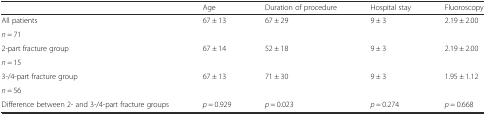
<table><thead><tr><td></td><td><b>Age</b></td><td><b>Duration of procedure</b></td><td><b>Hospital stay</b></td><td><b>Fluoroscopy</b></td></tr></thead><tbody><tr><td>All patients</td><td rowspan="2">67 ± 13</td><td rowspan="2">67 ± 29</td><td rowspan="2">9 ± 3</td><td rowspan="2">2.19 ± 2.00</td></tr><tr><td><i>n</i> = 71</td></tr><tr><td>2-part fracture group</td><td rowspan="2">67 ± 14</td><td rowspan="2">52 ± 18</td><td rowspan="2">9 ± 3</td><td rowspan="2">2.19 ± 2.00</td></tr><tr><td><i>n</i> = 15</td></tr><tr><td>3-/4-part fracture group</td><td rowspan="2">67 ± 13</td><td rowspan="2">71 ± 30</td><td rowspan="2">9 ± 3</td><td rowspan="2">1.95 ± 1.12</td></tr><tr><td><i>n</i> = 56</td></tr><tr><td>Difference between 2- and 3-/4-part fracture groups</td><td><i>p</i> = 0.929</td><td><i>p</i> = 0.023</td><td><i>p</i> = 0.274</td><td><i>p</i> = 0.668</td></tr></tbody></table>